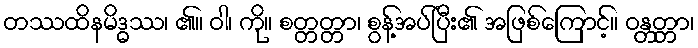
တဿထိနမိဒ္ဓဿ၊ ၏။ ဝါ၊ ကို။ စတ္တတ္တာ၊ စွန့်အပ်ပြီး၏ အဖြစ်ကြောင့်။ ဝန္တတ္တာ၊